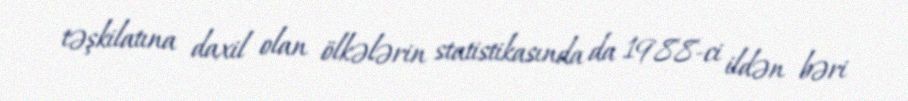
təşkilatına daxil olan ölkələrin statistikasında da 1988-ci ildən bəri